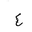
Letter: _ayn